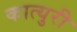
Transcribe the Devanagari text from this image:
कात्‍युरी